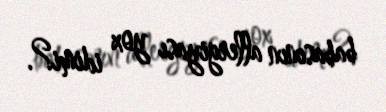
babasının allergiyası yox idimi?.